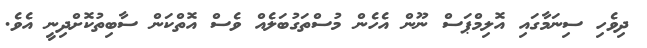
ދިވެހި ސިނަމާގައި އޮލިމްޕަސް ނޫން އެހެން މުސްތަގުބަލެއް ވެސް އޮތްކަން ސާބިތުކޮށްދިނީ އެވެ.